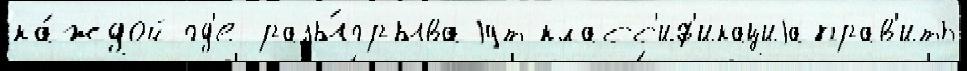
ка́ждой гд'е разы́грываjут класс'иф'икациjаправ'ить